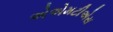
એએમટીએસ